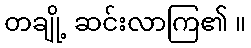
တချို့ ဆင်းလာကြ၏ ။